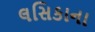
લસિકાના